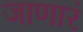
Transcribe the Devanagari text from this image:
जाणारं